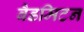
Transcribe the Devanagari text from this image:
बैडमिटन